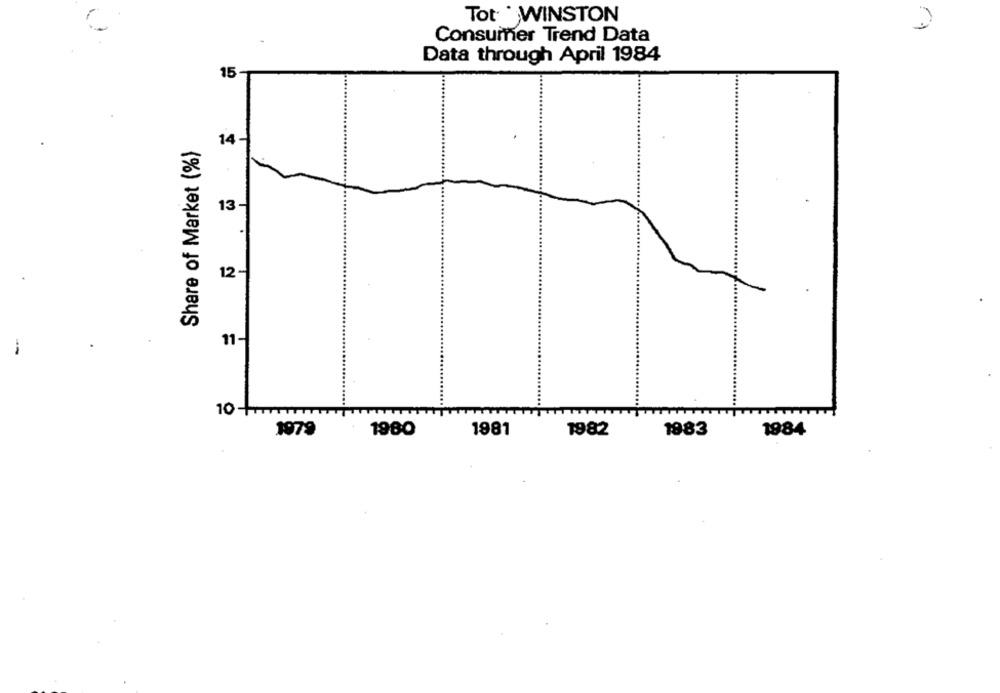
Tot . WINSTON
Consumer Trend Data
Data through April 1984
15-
Share of Market (%)
14-
13 -
12 -
11-
TTTT
1979
1980
1981
1982
1983
1984